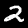
Digit: 2